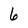
Character: 6